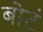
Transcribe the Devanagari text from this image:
बोटं